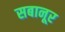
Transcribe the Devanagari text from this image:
सबानूर